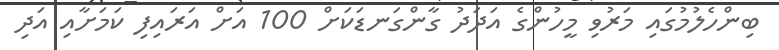
ބިންހެލުމުގައި މަރުވި މީހުންގެ އަދަދު ގާންގަނޑަކަށް 100 އަށް އަރައިފި ކަމަށާއި އަދި